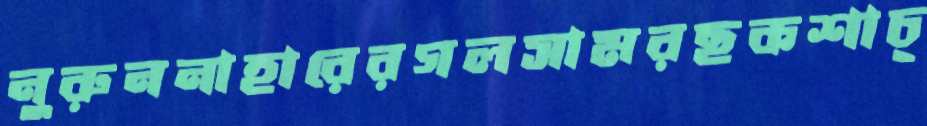
নুরুননাহারেরগলসামরছকশাচ্